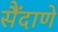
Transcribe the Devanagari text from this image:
सैंदाणे